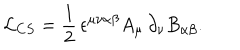
LaTeX: { \cal L } _ { C S } = \frac { 1 } { 2 } \, \epsilon ^ { \mu \nu \alpha \beta } A _ { \mu } \, \partial _ { \nu } B _ { \alpha \beta } .